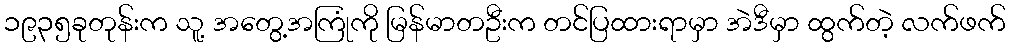
၁၉၃၅ခုတုန်းက သူ့ အတွေ့အကြုံကို မြန်မာတဦးက တင်ပြထားရာမှာ အဲဒီမှာ ထွက်တဲ့ လက်ဖက်